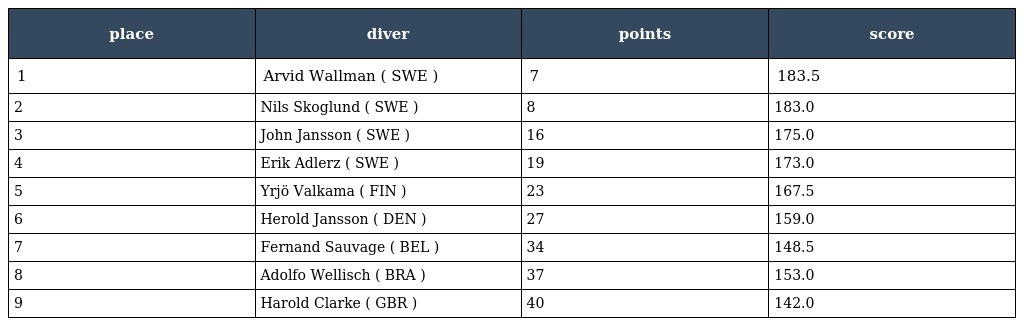
| place | diver | points | score |
 | --- | --- | --- | --- |
 | 1 | Arvid Wallman ( SWE ) | 7 | 183.5 |
 | 2 | Nils Skoglund ( SWE ) | 8 | 183.0 |
 | 3 | John Jansson ( SWE ) | 16 | 175.0 |
 | 4 | Erik Adlerz ( SWE ) | 19 | 173.0 |
 | 5 | Yrjö Valkama ( FIN ) | 23 | 167.5 |
 | 6 | Herold Jansson ( DEN ) | 27 | 159.0 |
 | 7 | Fernand Sauvage ( BEL ) | 34 | 148.5 |
 | 8 | Adolfo Wellisch ( BRA ) | 37 | 153.0 |
 | 9 | Harold Clarke ( GBR ) | 40 | 142.0 |